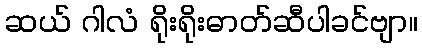
ဆယ် ဂါလံ ရိုးရိုးဓာတ်ဆီပါခင်ဗျာ။